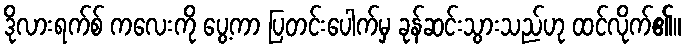
ဒိုလားရက်စ် ကလေးကို ပွေ့ကာ ပြတင်းပေါက်မှ ခုန်ဆင်းသွားသည်ဟု ထင်လိုက်၏။